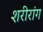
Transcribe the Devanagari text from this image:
शरीरांग